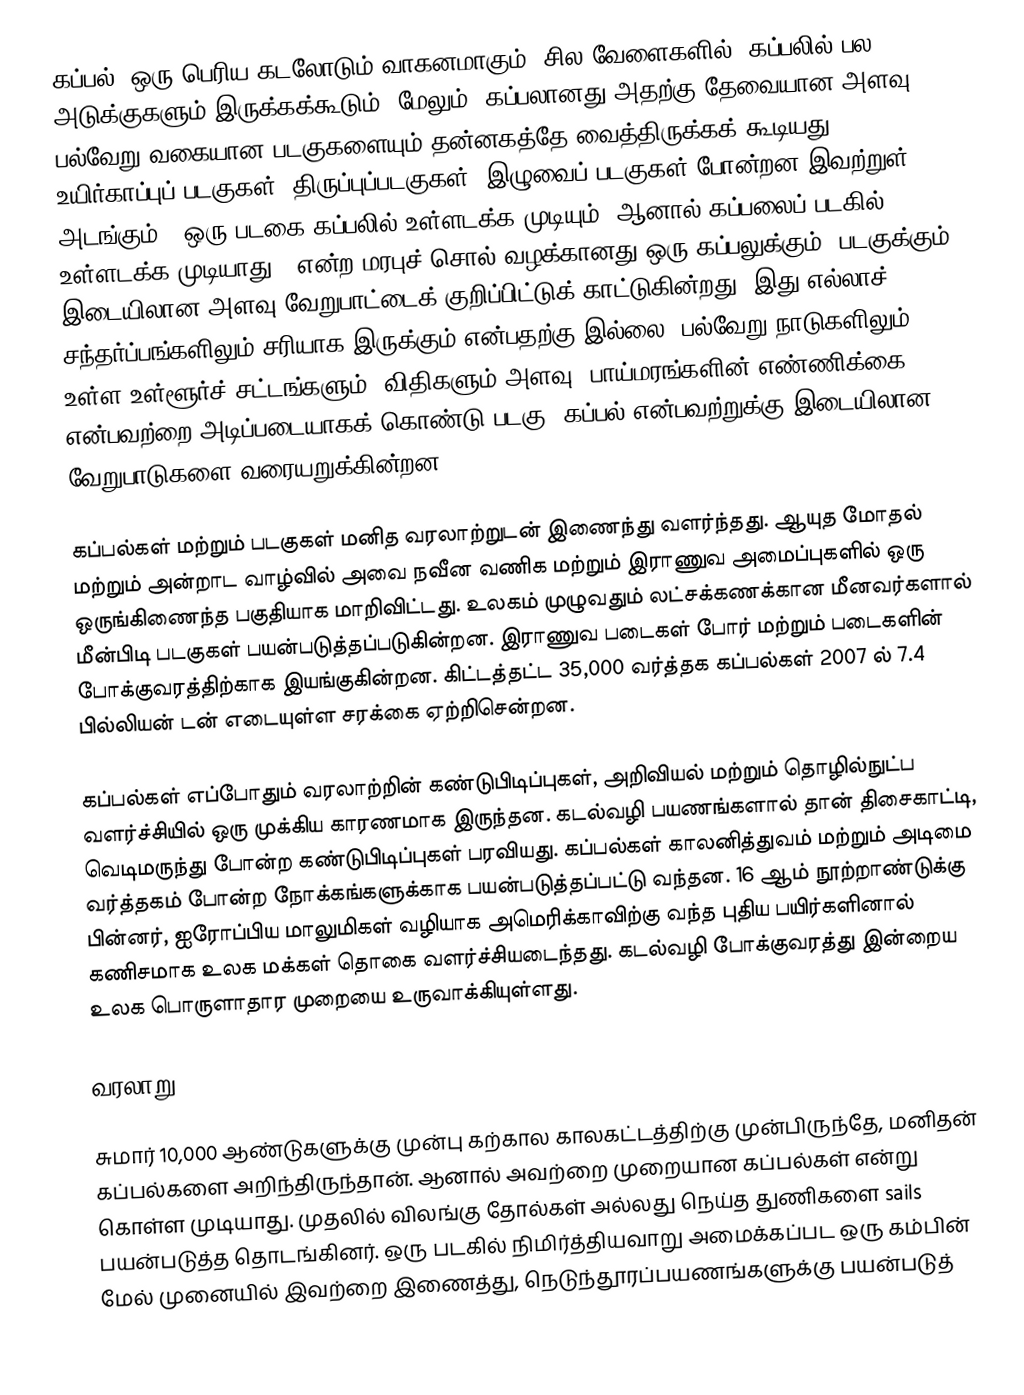
கப்பல், ஒரு பெரிய கடலோடும் வாகனமாகும். சில வேளைகளில், கப்பலில் பல அடுக்குகளும் இருக்கக்கூடும். மேலும், கப்பலானது அதற்கு தேவையான அளவு பல்வேறு வகையான படகுகளையும் தன்னகத்தே வைத்திருக்கக் கூடியது. உயிர்காப்புப் படகுகள், திருப்புப்படகுகள், இழுவைப் படகுகள் போன்றன இவற்றுள் அடங்கும். "ஒரு படகை கப்பலில் உள்ளடக்க முடியும், ஆனால் கப்பலைப் படகில் உள்ளடக்க முடியாது". என்ற மரபுச் சொல் வழக்கானது ஒரு கப்பலுக்கும், படகுக்கும் இடையிலான அளவு வேறுபாட்டைக் குறிப்பிட்டுக் காட்டுகின்றது. இது எல்லாச் சந்தர்ப்பங்களிலும் சரியாக இருக்கும் என்பதற்கு இல்லை. பல்வேறு நாடுகளிலும் உள்ள உள்ளூர்ச் சட்டங்களும், விதிகளும் அளவு, பாய்மரங்களின் எண்ணிக்கை என்பவற்றை அடிப்படையாகக் கொண்டு படகு, கப்பல் என்பவற்றுக்கு இடையிலான வேறுபாடுகளை வரையறுக்கின்றன.

கப்பல்கள் மற்றும் படகுகள் மனித வரலாற்றுடன் இணைந்து வளர்ந்தது. ஆயுத மோதல் மற்றும் அன்றாட வாழ்வில் அவை நவீன வணிக மற்றும் இராணுவ அமைப்புகளில் ஒரு ஒருங்கிணைந்த பகுதியாக மாறிவிட்டது. உலகம் முழுவதும் லட்சக்கணக்கான மீனவர்களால் மீன்பிடி படகுகள் பயன்படுத்தப்படுகின்றன. இராணுவ படைகள் போர் மற்றும் படைகளின் போக்குவரத்திற்காக இயங்குகின்றன. கிட்டத்தட்ட 35,000 வர்த்தக கப்பல்கள் 2007 ல் 7.4 பில்லியன் டன் எடையுள்ள சரக்கை ஏற்றிசென்றன.

கப்பல்கள் எப்போதும் வரலாற்றின் கண்டுபிடிப்புகள், அறிவியல் மற்றும் தொழில்நுட்ப வளர்ச்சியில் ஒரு முக்கிய காரணமாக  இருந்தன. கடல்வழி பயணங்களால் தான் திசைகாட்டி, வெடிமருந்து போன்ற கண்டுபிடிப்புகள் பரவியது. கப்பல்கள் காலனித்துவம் மற்றும் அடிமை வர்த்தகம் போன்ற நோக்கங்களுக்காக பயன்படுத்தப்பட்டு வந்தன. 16 ஆம் நூற்றாண்டுக்கு பின்னர், ஐரோப்பிய மாலுமிகள் வழியாக அமெரிக்காவிற்கு வந்த புதிய பயிர்களினால் கணிசமாக உலக மக்கள் தொகை வளர்ச்சியடைந்தது.  கடல்வழி போக்குவரத்து இன்றைய உலக பொருளாதார முறையை உருவாக்கியுள்ளது.

வரலாறு

சுமார் 10,000 ஆண்டுகளுக்கு முன்பு கற்கால காலகட்டத்திற்கு முன்பிருந்தே, மனிதன் கப்பல்களை அறிந்திருந்தான். ஆனால் அவற்றை முறையான கப்பல்கள் என்று கொள்ள முடியாது.  முதலில் விலங்கு தோல்கள் அல்லது நெய்த துணிகளை sails பயன்படுத்த தொடங்கினர். ஒரு படகில் நிமிர்த்தியவாறு அமைக்கப்பட ஒரு கம்பின் மேல் முனையில் இவற்றை இணைத்து, நெடுந்தூரப்பயணங்களுக்கு பயன்படுத்